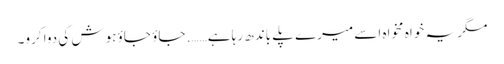
مگر یہ خواہ مخواہ اسے میرے پلے باندھ رہا ہے……. جاؤ جاؤ ہوش کی دوا کرو۔